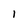
Character: I